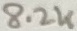
Text: 8.2K